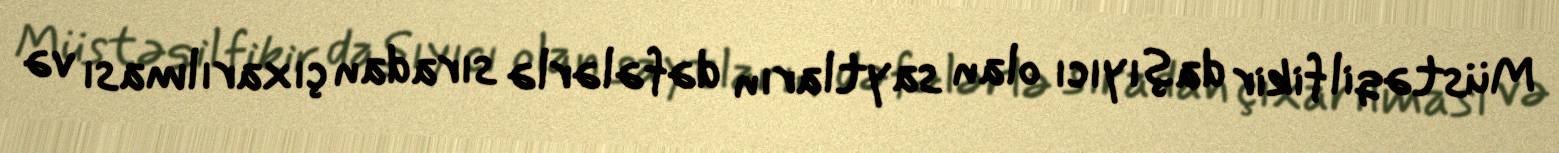
Müstəqil fikir daşıyıcı olan saytların dəfələrlə sıradan çıxarılması və